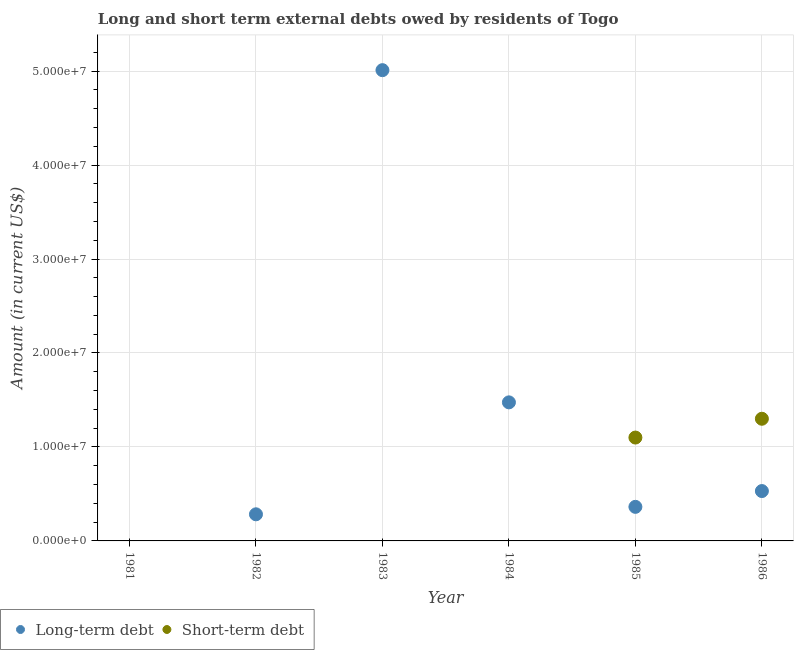
| Year | Long-term debt | Short-term debt |
 | --- | --- | --- |
 | 1981 | -1.53e+07 | -1e+07 |
 | 1982 | 2.83e+06 | -5e+06 |
 | 1983 | 5.01e+07 | -2.5e+07 |
 | 1984 | 1.47e+07 | -2e+06 |
 | 1985 | 3.62e+06 | 1.1e+07 |
 | 1986 | 5.31e+06 | 1.3e+07 |